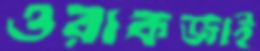
ওরাকজাই